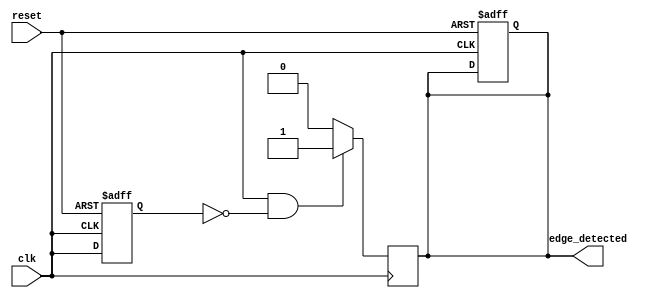
module positive_edge_detector (
    input wire clk,            // Input signal to detect edges
    input wire reset,          // Asynchronous reset signal
    output reg edge_detected    // Output pulse for edge detection
);

    reg previous_state;        // Register to hold the previous state of the input signal

    // D Flip-Flop to sample the input signal on the rising edge of the clock
    always @(posedge clk or posedge reset) begin
        if (reset) begin
            previous_state <= 1'b0; // Reset previous state to low
            edge_detected <= 1'b0;   // Reset edge detected output
        end else begin
            previous_state <= clk;   // Sample the input signal
        end
    end

    // Edge detection logic
    always @(posedge clk) begin
        if (clk && !previous_state) begin
            edge_detected <= 1'b1;    // Rising edge detected
        end else begin
            edge_detected <= 1'b0;    // Reset output after one clock cycle
        end
    end

endmodule